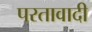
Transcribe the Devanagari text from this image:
परतावादी